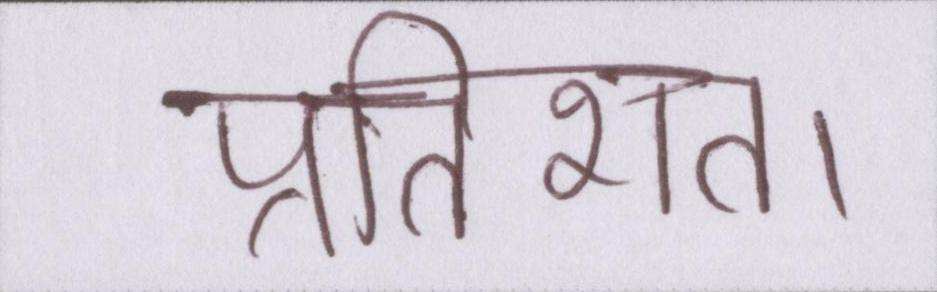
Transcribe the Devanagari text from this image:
प्रतिशत।